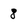
Character: 8